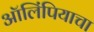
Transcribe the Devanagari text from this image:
ऑलिंपियाचा